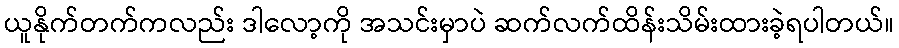
ယူနိုက်တက်ကလည်း ဒါလော့ကို အသင်းမှာပဲ ဆက်လက်ထိန်းသိမ်းထားခဲ့ရပါတယ်။